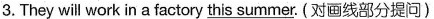
3.They will work in a factory this summer. (对画线部分提问)